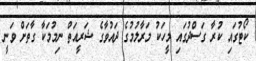
ކޯޓުގައި ކުރާ ގަސްދުގައި މީހަކު މަރާލުމުގެ ދައުވާގެ ޝަރީއަތް ނިމުމަކާ ގާތަށް ވަނީ